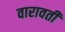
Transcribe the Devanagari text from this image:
वारावती